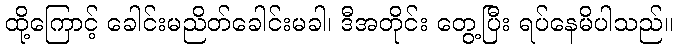
ထို့ကြောင့် ခေါင်းမညိတ်ခေါင်းမခါ၊ ဒီအတိုင်း တွေ့ပြီး ရပ်နေမိပါသည်။